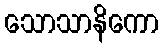
သောသာနိကော